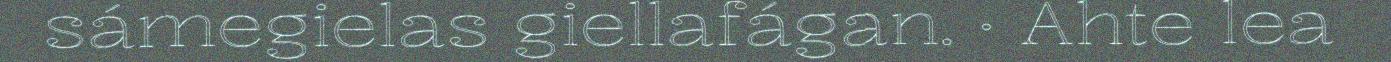
sámegielas giellafágan. · Ahte lea